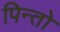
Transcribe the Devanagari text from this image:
पिन्तो